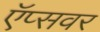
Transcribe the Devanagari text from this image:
ऍप्सवर